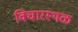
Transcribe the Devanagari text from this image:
विचारस्थळ